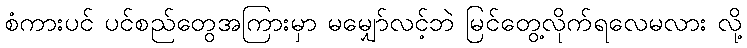
စံကားပင် ပင်စည်တွေအကြားမှာ မမျှော်လင့်ဘဲ မြင်တွေ့လိုက်ရလေမလား လို့